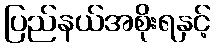
ပြည်နယ်အစိုးရနှင့်